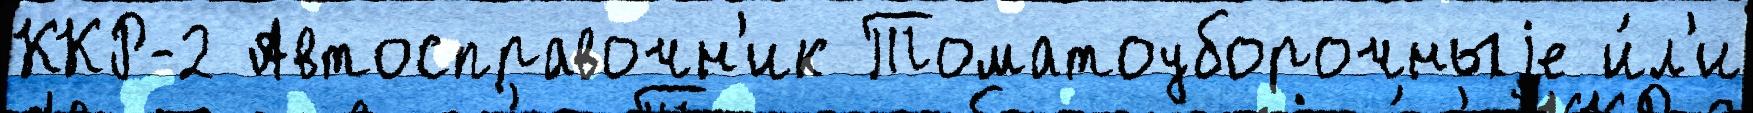
ККР-2 Автосправочн'ик Томатоуборочныjе и́л'и